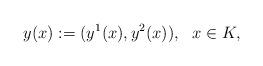
LaTeX: \begin{align*}y(x):=(y^1(x), y^2(x)), \ \ x\in K,\end{align*}